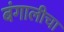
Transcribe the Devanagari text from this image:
बंगालीचा